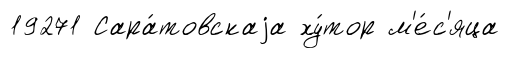
19271 Сара́товскаjа ху́тор м'е́с'яца